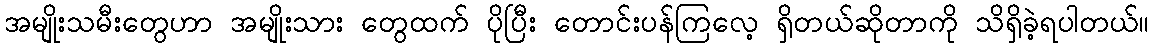
အမျိုးသမီးတွေဟာ အမျိုးသား တွေထက် ပိုပြီး တောင်းပန်ကြလေ့ ရှိတယ်ဆိုတာကို သိရှိခဲ့ရပါတယ်။